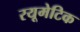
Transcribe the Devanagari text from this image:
रयूमेटिक